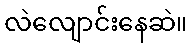
လဲလျောင်းနေဆဲ။